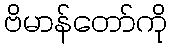
ဗိမာန်တော်ကို